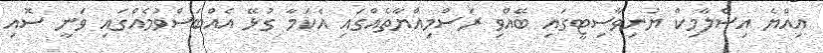
އިއްޔެ އިސްލާމިކް ޔުނިވާސިޓީގައި ބޭއްވި ރަސްމިއްޔާތެއްގައި އެކަމާ ގުޅޭ އެއްބަސްވުމެއްގައި ވަނީ ސޮއި